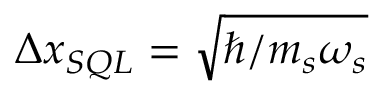
\Delta x _ { S Q L } = \sqrt { \hbar / m _ { s } \omega _ { s } }